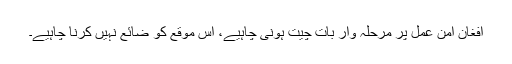
افغان امن عمل پر مرحلہ وار بات چیت ہونی چاہیے، اس موقع کو ضائع نہیں کرنا چاہیے۔